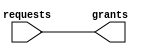
module oh_arbiter #( parameter N    = 1,
		     parameter TYPE = "FIXED" 
		     ) 
   (
    input [N-1:0]  requests, 
    output [N-1:0] grants    
    );
   wire [N-1:0]   waitmask; 
   genvar 	  j;     
   generate       
      if(TYPE=="FIXED")
	begin : arbiter_fixed
	   assign waitmask[0]   = 1'b0;      
	   for (j=N-1; j>=1; j=j-1) 
	     begin : gen_arbiter     
		assign waitmask[j] = |requests[j-1:0];
	     end
	end
   endgenerate
   assign grants[N-1:0] = requests[N-1:0] & ~waitmask[N-1:0];
endmodule